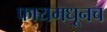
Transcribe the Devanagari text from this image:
फायमधूनच